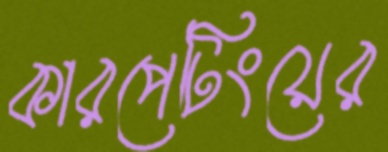
কারপেটিংয়ের